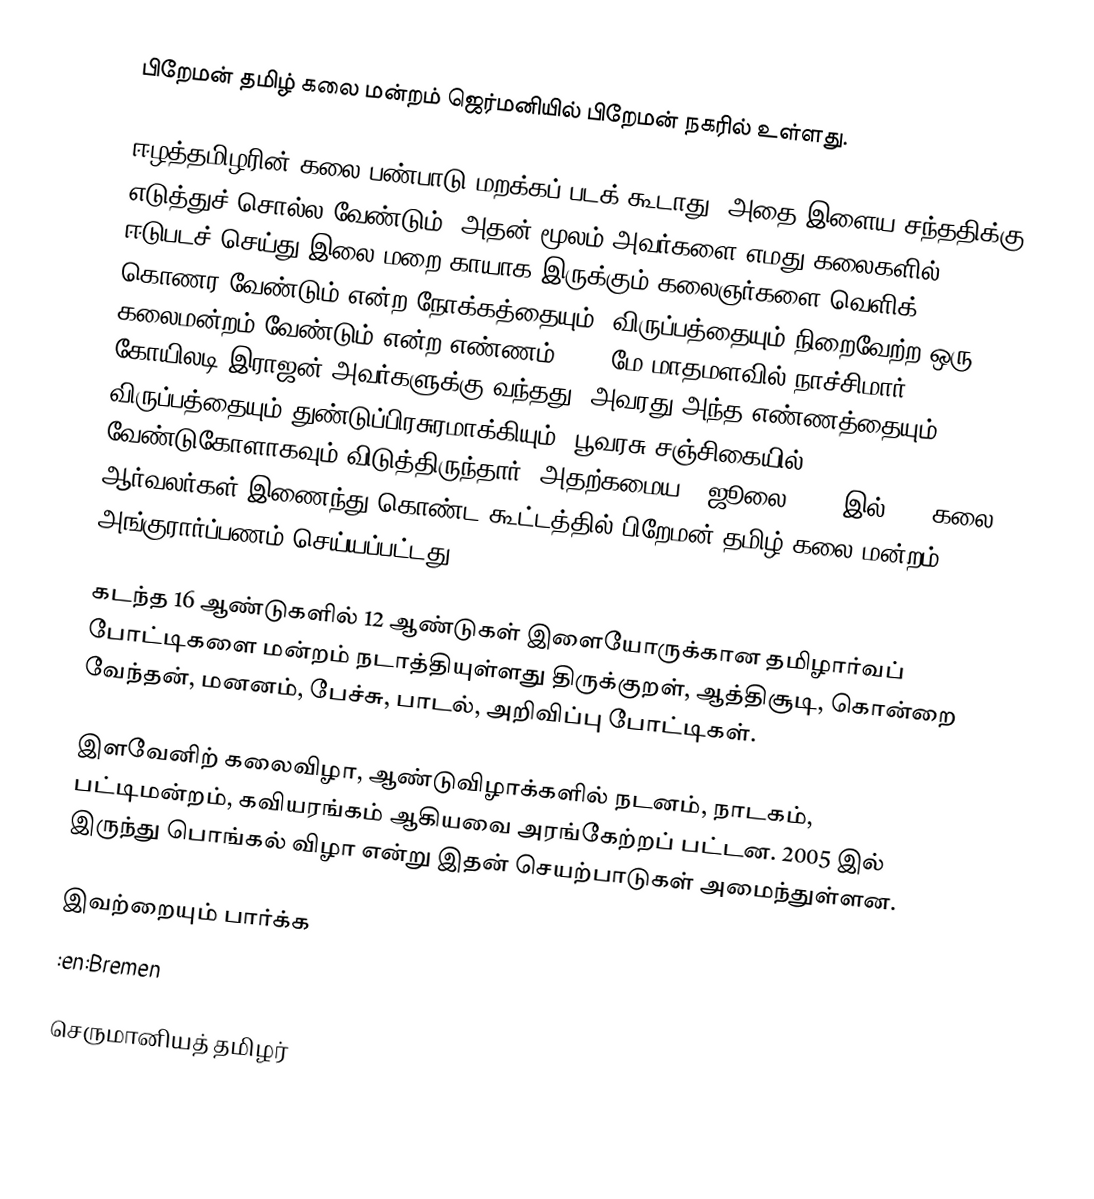
பிறேமன் தமிழ் கலை மன்றம் ஜெர்மனியில் பிறேமன் நகரில் உள்ளது.

ஈழத்தமிழரின் கலை பண்பாடு மறக்கப் படக் கூடாது. அதை இளைய சந்ததிக்கு எடுத்துச் சொல்ல வேண்டும். அதன் மூலம் அவர்களை எமது கலைகளில் ஈடுபடச் செய்து இலை மறை காயாக இருக்கும் கலைஞர்களை வெளிக் கொணர வேண்டும் என்ற நோக்கத்தையும், விருப்பத்தையும் நிறைவேற்ற ஒரு கலைமன்றம் வேண்டும் என்ற எண்ணம் 1992 மே மாதமளவில்  நாச்சிமார் கோயிலடி இராஜன் அவர்களுக்கு வந்தது.  அவரது அந்த எண்ணத்தையும், விருப்பத்தையும் துண்டுப்பிரசுரமாக்கியும், பூவரசு சஞ்சிகையில் வேண்டுகோளாகவும் விடுத்திருந்தார். அதற்கமைய 3 ஜூலை 1992 இல்,  18 கலை ஆர்வலர்கள் இணைந்து கொண்ட கூட்டத்தில்  பிறேமன் தமிழ் கலை மன்றம் அங்குரார்ப்பணம் செய்யப்பட்டது.

கடந்த 16 ஆண்டுகளில் 12 ஆண்டுகள் இளையோருக்கான தமிழார்வப் போட்டிகளை மன்றம் நடாத்தியுள்ளது திருக்குறள், ஆத்திசூடி, கொன்றை வேந்தன், மனனம், பேச்சு, பாடல், அறிவிப்பு போட்டிகள்.

இளவேனிற் கலைவிழா, ஆண்டுவிழாக்களில் நடனம், நாடகம், பட்டிமன்றம், கவியரங்கம் ஆகியவை அரங்கேற்றப் பட்டன. 2005 இல் இருந்து பொங்கல் விழா என்று இதன் செயற்பாடுகள் அமைந்துள்ளன.

இவற்றையும் பார்க்க
 :en:Bremen

செருமானியத் தமிழர்